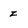
Character: Z